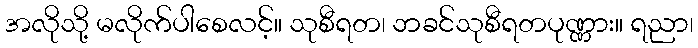
အလိုသို့ မလိုက်ပါစေလင့်။ သုစီရတ၊ ဘခင်သုစီရတပုဏ္ဏား။ ရညာ၊